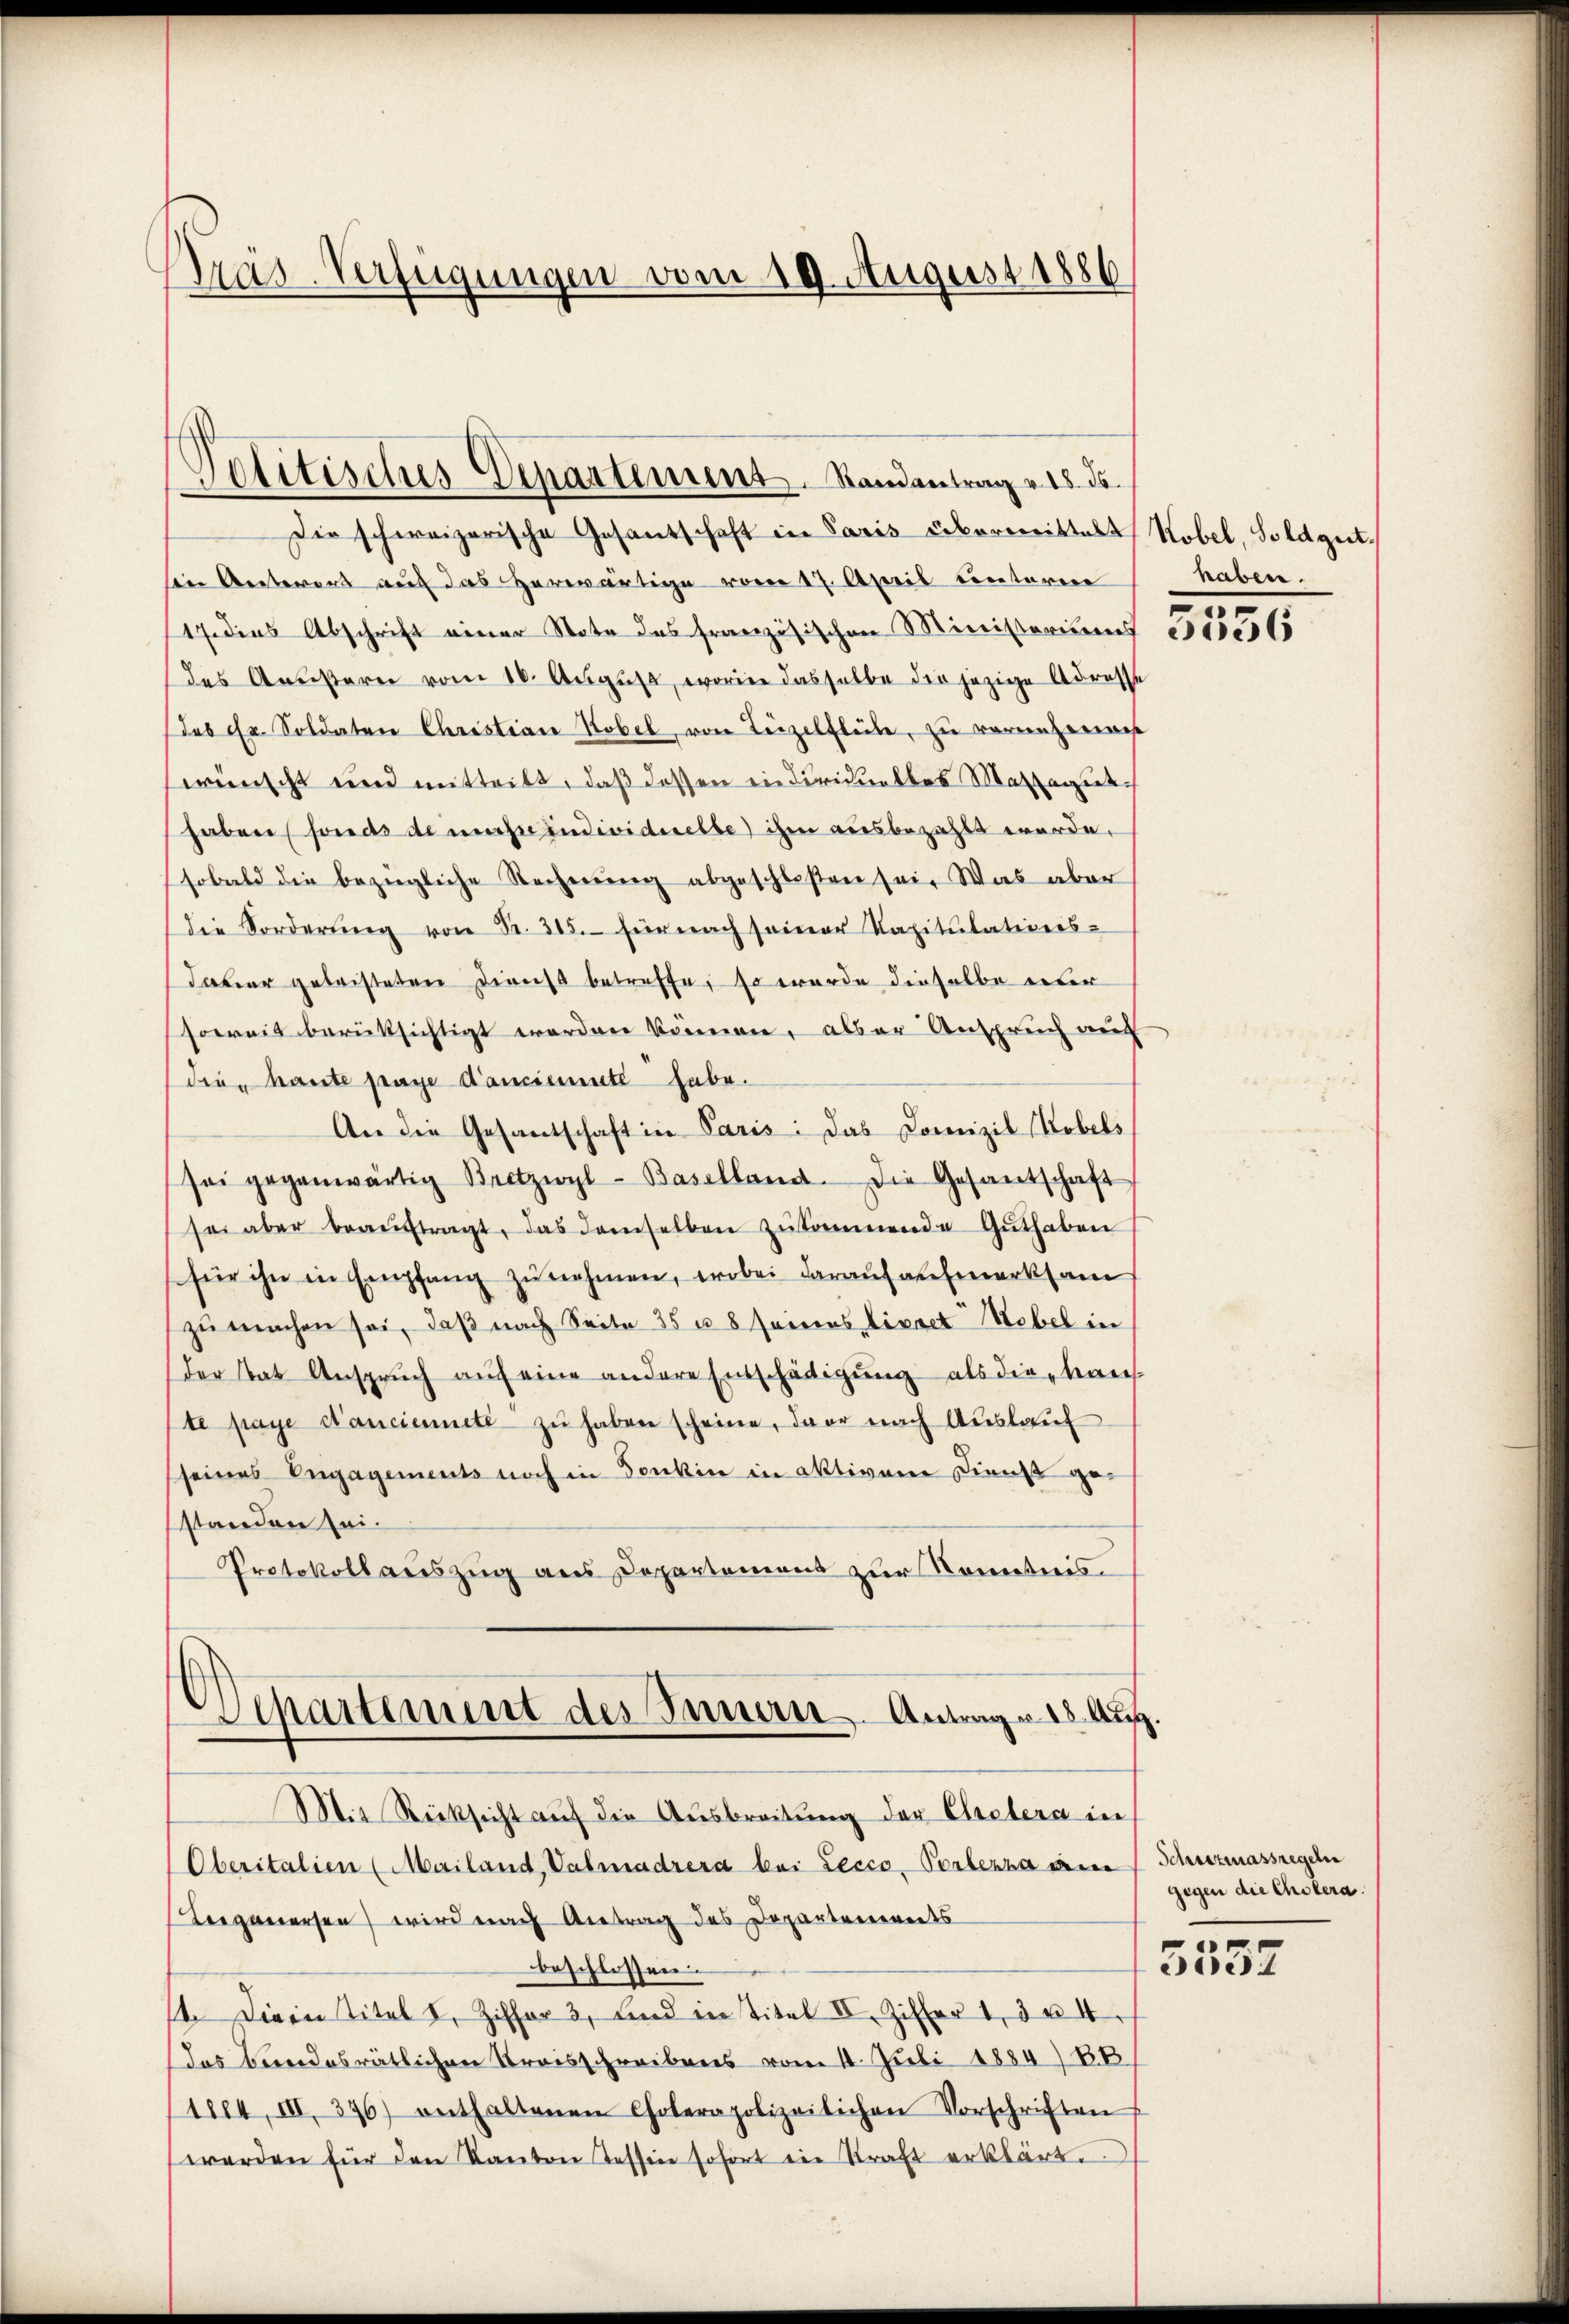
Pras-Verfügungen vom 19. August 1886

Politisches Departement. Randantrag v. 18. ds.
Die schweizerische Gesantschaft in Paris übermittalt Kobel, Soldgut.

sin Ansterers auf das Herwärtige vom 17. April unterere
17. dies Abschrift einer Note des französischen Ministeriums
des Anstern vom 16. Aŭgŭsa, worin dasselbe der jezige Adresse
Jes Fr. Soldaten Christian Robel, von Terzelfleibe, zu vornehmenes
wünscht und mitteilt, daß dessen individuelles Martaguthaben fonds de ihre individuelle ihm ausbezahlt werde,
sobald die bezügliche Rechnung abgeschlosen sei. Was aber
Die Forderŭng von Fr. 305. für nach seiner Vapitulations-
Javer geleisteten Dienst betreffe, so wurde dieselbe über
soweit berüksichtigt werden können, alser Anspruch auf
die haute frage Canciente habe.
An die Gesandschaft in Paris: Das Domizil Kobels
sei gegenwärtig Bretzwyl-Baselland. Die Gesantschaft
sei aber beaŭftragt, das demselben zusammende Guthaben
(für ihn in Empfang zunehmen, wobei darauf aufmerksam
zu machen sei, daß nach Seite 35 u. 8 seines Lisact Webel in
der Rat Ansprŭch auf eine andere Entschädigŭng als die kauf
te paye danciennete zŭ haben scheine, der nach Auslauf
seines Engagements noch in Tonkin in aktivamen Dienst gestanden sei.
Protokoll auszug aus Departement zur Kometnis.
Departement des Innerer. Antrage 18 Aug.
Mit Rücksicht auf die Ausbreitung der Ehelera in
Oberitalien (Mailand, Valmadresa bei Lecco- Perlezza ain Schutzmassregeln
Bergewesen wird nach Antrag des Departements
beschlossen.
t. Dieen Titel I. Ziffer 3, und in Titel II. Ziffer 13 u. 4
das Bundesrätlichen Kreisschreibens vom 11. Juli 1884) BB
1884, III. 376) enthaltenen Cholerapolizeilichen Vorschriften
werden für den Kanton Tessin sofort in Straft erklärt.

haben.
n

6

gegen die Cholera.
5552